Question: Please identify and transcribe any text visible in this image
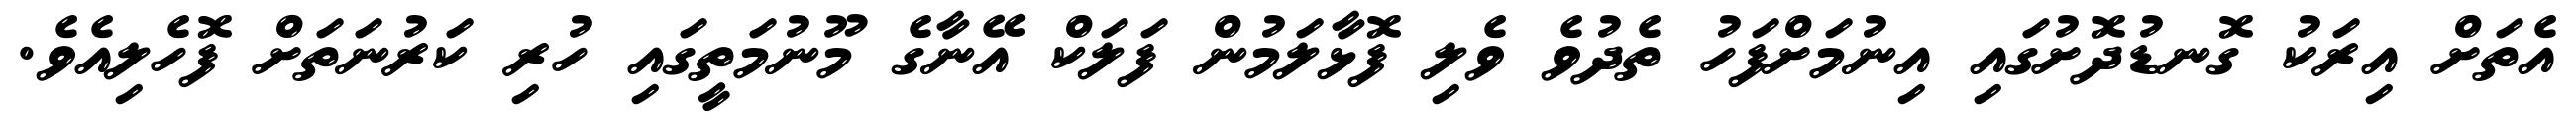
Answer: އެތަށް އިރަކު ގޮނޑުދޮށުގައި އިނުމަށްފަހު ތެދުވެ ވެލި ފޮޅާލަމުން ފަލަކް އޭނާގެ މޫނުމަތީގައި ހުރި ކަރުނަތަށް ފޮހެލިއެވެ.